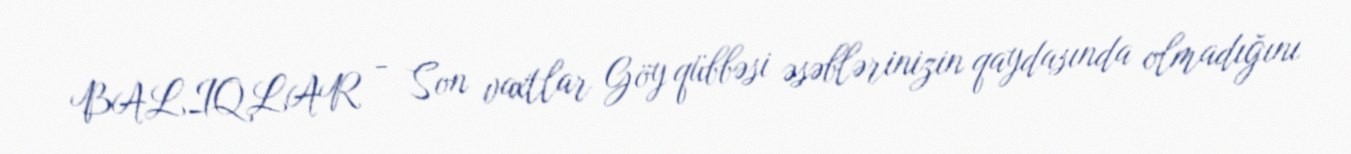
BALIQLAR - Son vaxtlar Göy qübbəsi əsəblərinizin qaydasında olmadığını